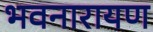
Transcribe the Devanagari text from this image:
भवनारायण